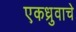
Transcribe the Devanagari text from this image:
एकध्रुवाचे